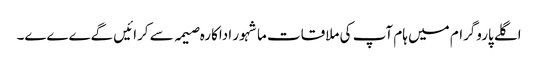
اگلے پاروگرام میں ہام آپ کی ملاقات ماشہور اداکارہ صیمہ سے کرائیں گےےےے۔